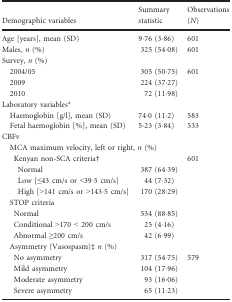
<table><thead><tr><td><b>Demographic variables</b></td><td><b>Summary statistic</b></td><td><b>Observations (<i>N</i>)</b></td></tr></thead><tbody><tr><td>Age [years], mean (SD)</td><td>9·76 (3·86)</td><td>601</td></tr><tr><td>Males, <i>n</i> (%)</td><td>325 (54·08)</td><td>601</td></tr><tr><td colspan="3">Survey, <i>n</i> (%)</td></tr><tr><td>2004/05</td><td>305 (50·75)</td><td>601</td></tr><tr><td>2009</td><td>224 (37·27)</td><td></td></tr><tr><td>2010</td><td>72 (11·98)</td><td></td></tr><tr><td colspan="3">Laboratory variablesa</td></tr><tr><td>Haemoglobin [g/l], mean (SD)</td><td>74·0 (11·2)</td><td>583</td></tr><tr><td>Fetal haemoglobin [%], mean (SD)</td><td>5·23 (3·84)</td><td>533</td></tr><tr><td colspan="3">CBFv</td></tr><tr><td colspan="3">MCA maximum velocity, left or right, <i>n</i> (%)</td></tr><tr><td colspan="2">Kenyan non‐SCA criteriab</td><td>601</td></tr><tr><td>Normal</td><td>387 (64·39)</td><td></td></tr><tr><td>Low [≤43 cm/s or &lt;39·5 cm/s]</td><td>44 (7·32)</td><td></td></tr><tr><td>High [&gt;141 cm/s or &gt;143·5 cm/s]</td><td>170 (28·29)</td><td></td></tr><tr><td colspan="3">STOP criteria</td></tr><tr><td>Normal</td><td>534 (88·85)</td><td></td></tr><tr><td>Conditional &gt;170 &lt; 200 cm/s</td><td>25 (4·16)</td><td rowspan="2"></td></tr><tr><td>Abnormal ≥200 cm/s</td><td>42 (6·99)</td></tr><tr><td colspan="3">Asymmetry (Vasospasm)c<i>n</i> (%)</td></tr><tr><td>No asymmetry</td><td>317 (54·75)</td><td>579</td></tr><tr><td>Mild asymmetry</td><td>104 (17·96)</td><td></td></tr><tr><td>Moderate asymmetry</td><td>93 (16·06)</td><td></td></tr><tr><td>Severe asymmetry</td><td>65 (11·23)</td><td></td></tr></tbody></table>